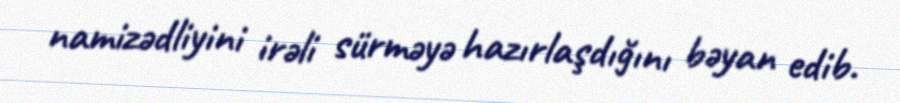
namizədliyini irəli sürməyə hazırlaşdığını bəyan edib.